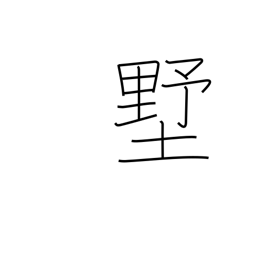
Meaning: shed